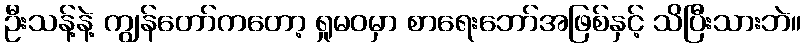
ဦးသန့်နဲ့ ကျွန်တော်ကတော့ ရှုမဝမှာ စာရေးဘော်အဖြစ်နှင့် သိပြီးသားဘဲ။